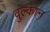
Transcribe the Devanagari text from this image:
वुल्कान